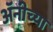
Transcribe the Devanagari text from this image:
अॅनीच्या